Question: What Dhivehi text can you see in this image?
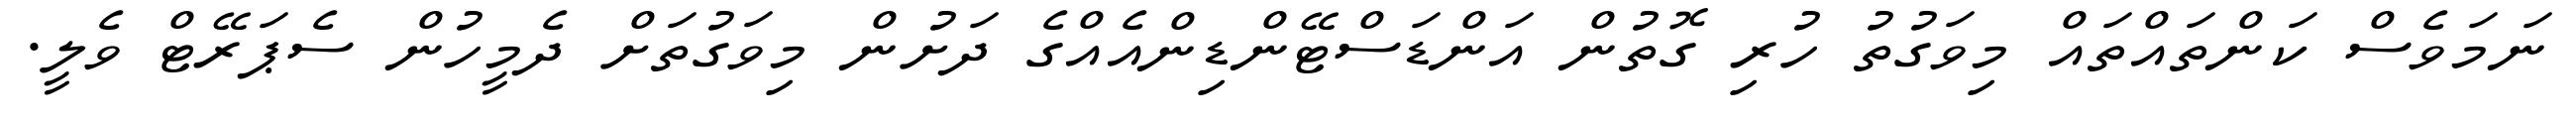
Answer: ނަމަވެސް ކަންތައްތައް މިވަގުތު ހުރި ގޮތުން އަންޑަސްޓޭންޑިންއެއްގެ ދަށުން މިވަގުތަށް ދެމީހުން ސެޕަރޭޓް ވެލީ.